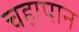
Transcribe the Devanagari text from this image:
चहापान